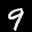
Label: 9